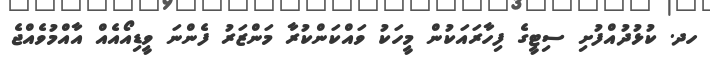
ހދ. ކުޅުދުއްފުށި ސިޓީގެ ފިހާރައަކުން މީހަކު ވައްކަންކުރާ މަންޒަރު ފެންނަ ވީޑިއޯއެއް އާއްމުވެއްޖެ